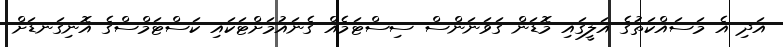
އަދި އެ މަސައްކަތުގެ އަލީގައި މޮޑަން ގަވަނަންސް ސިސްޓަމެއް ގެނައުމަށްޓަކައި ކަސްޓަމްސްގެ އޮނިގަނޑަށް